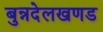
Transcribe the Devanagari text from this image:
बुन्नदेलखणड